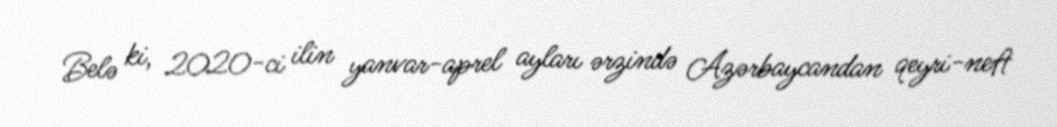
Belə ki, 2020-ci ilin yanvar-aprel ayları ərzində Azərbaycandan qeyri-neft